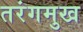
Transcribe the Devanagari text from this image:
तरंगमुख